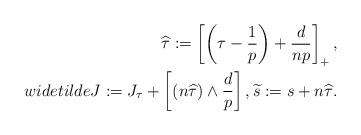
LaTeX: \begin{align*}\widehat\tau:=\left[\left(\tau-\frac{1}{p}\right)+\frac{d}{np}\right]_+,\\widetilde{J}:=J_{\tau}+\left[\left(n\widehat\tau\right)\wedge\frac{d}{p}\right],\widetilde{s}:=s+n\widehat\tau.\end{align*}